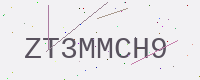
Text: ZT3MMCH9